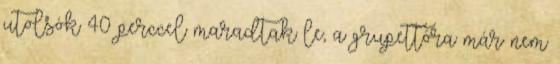
utolsók 40 perccel maradtak le, a grupettóra már nem